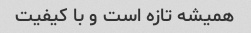
همیشه تازه است و با کیفیت